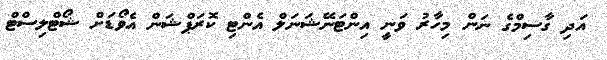
އަދި ގާސިމްގެ ނަން މިހާރު ވަނީ އިންޓަނޭޝަނަލް އެންޓި ކޮރަޕްޝަން އެވޯޑަށް ޝޯޓްލިސްޓް